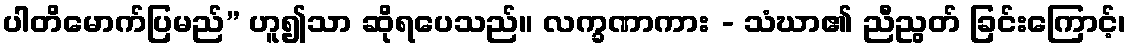
ပါတိမောက်ပြမည်” ဟူ၍သာ ဆိုရပေသည်။ လက္ခဏာကား - သံဃာ၏ ညီညွတ် ခြင်းကြောင့်၊